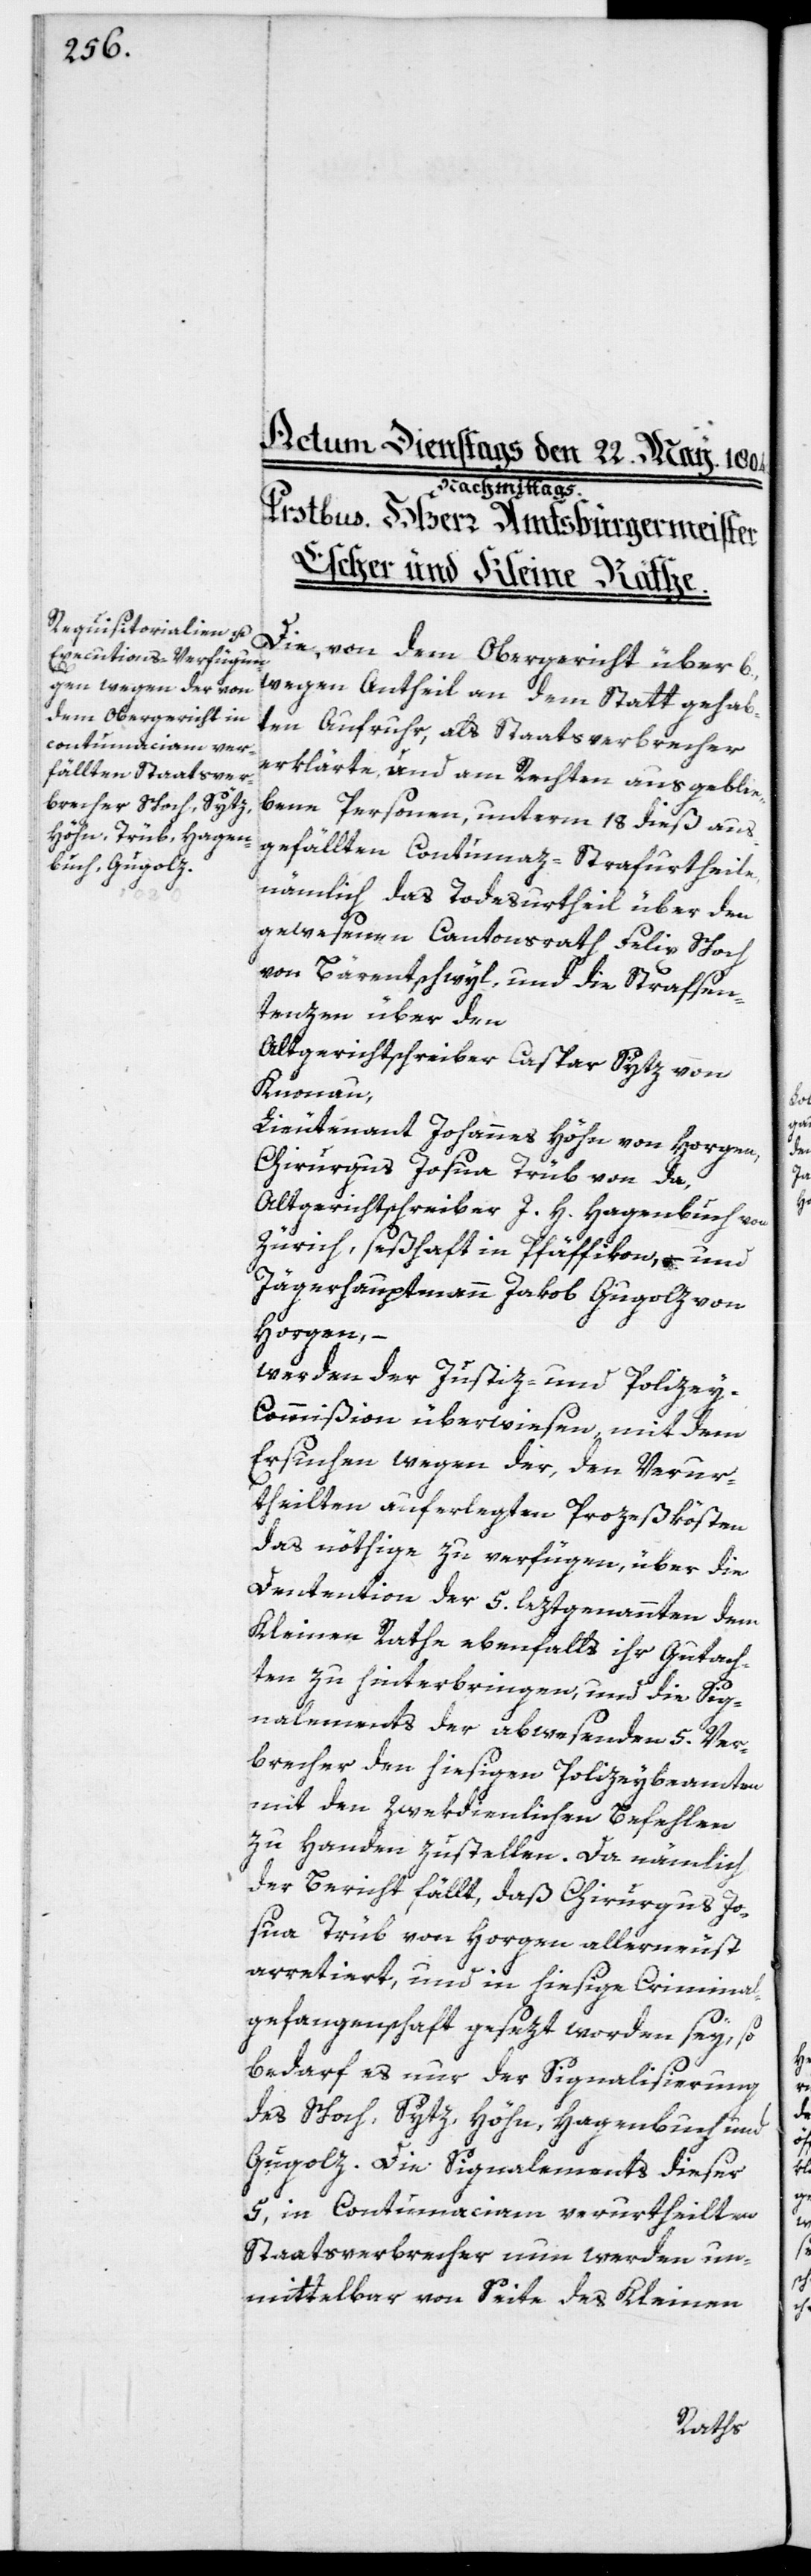
Die, von dem Obergericht über 6.,
wegen Antheil an dem Statt gehab¬
ten Aufruhr, als Staatsverbrecher
erklärte, und am Rechten ausgeblie¬
bene Personen, unterm 18. dieß aus¬
gefällten Contumaz-Strafurtheile,
nämlich das Todesurtheil über den
gewesenen Cantonsrath Felix Schoch
von Bärentschwyl, und die Strafsen¬
tenzen über den
Altgerichtschreiber Caspar Sytz von
Knonau,
Lieutenant Johannes Höhn von Horgen,
Chirurgus Josua Trüb von da,
Altgerichtschreiber J. H. Hagenbuch von
Zürich, seßhaft in Pfäffikon, und
Jägerhauptmann Jakob Gugolz von
Horgen, –
werden der Justiz- und Polize¬
y-Commißion überwiesen, mit dem
Ersuchen, wegen der, den Verur¬
theilten auferlegten Prozeßkösten
das nöthige zu verfügen, über die
Dentention der 5. leztgenannten dem
Kleinen Rathe ebenfalls ihr Gutach¬
ten zu hinterbringen, und die Sig¬
nalements der abwesenden 5. Ver¬
brecher den hiesigen Polizeybeamten
mit den zwekdienlichen Befehlen
zu Handen zustellen. Da nämlich
der Bericht fällt, daß Chirurgus Jo¬
sua Trüb von Horgen allerneust
arretiert, und in hiesige Criminal¬
gefangenschaft gesezt worden sey, so
bedarf es nur der Signalisierung
des Schoch, Sytz, Höhn, Hagenbuch und
Gugolz. Die Signalements dieser
5, in Contumaciam verurtheilten
Staatsverbrecher nun werden un¬
mittelbar von Seite des Kleinen